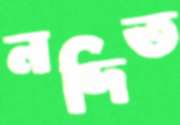
নদিত